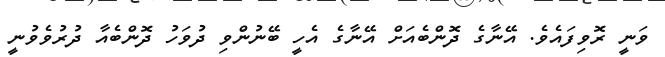
ވަނީ ރޮވިފައެވެ. އޭނާގެ ދޮންބެއަށް އޭނާގެ އެހީ ބޭނުންވި ދުވަހު ދޮންބެއާ ދުރުވެވުނީ